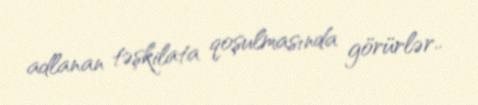
adlanan təşkilata qoşulmasında görürlər..